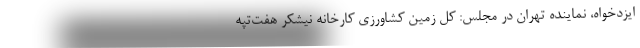
ایزدخواه، نماینده تهران در مجلس: کل زمین کشاورزی کارخانه نیشکر هفت‌تپه